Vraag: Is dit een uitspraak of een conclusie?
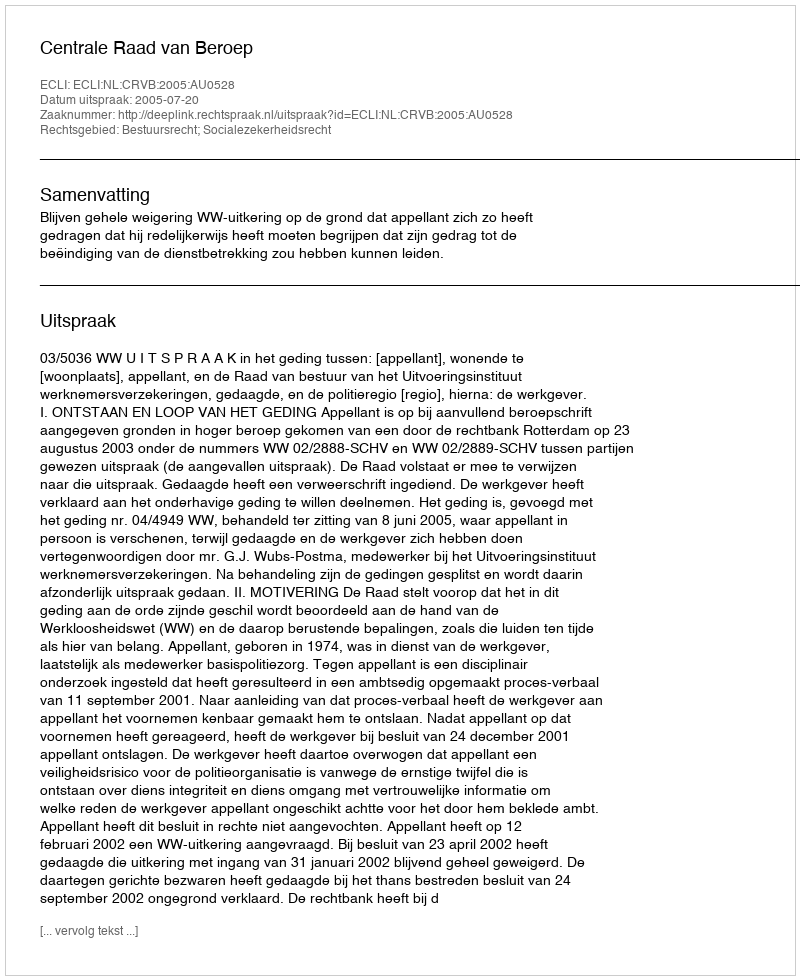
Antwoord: Uitspraak